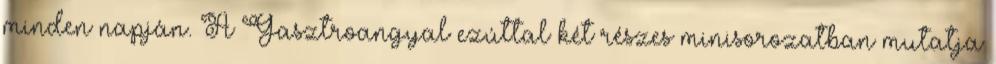
minden napján. A Gasztroangyal ezúttal két részes minisorozatban mutatja